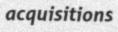
acquisitions